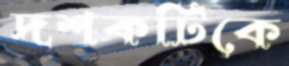
দশকটিকে